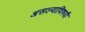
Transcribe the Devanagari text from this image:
असल्याविषयी